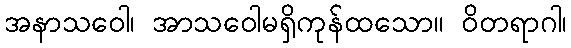
အနာသဝေါ၊ အာသဝေါမရှိကုန်ထသော။ ဝိတရာဂါ၊